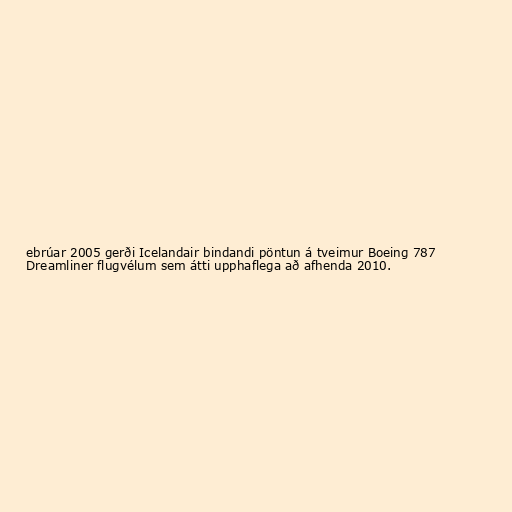
ebrúar 2005 gerði Icelandair bindandi pöntun á tveimur Boeing 787
Dreamliner flugvélum sem átti upphaflega að afhenda 2010.